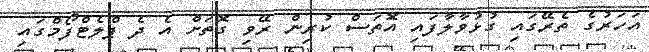
އަހަރުގެ ތެރޭގައި ގުޅުވާލާފައި އޮތަސް ކުރިން ރޭވި ގޮތަށް އެ ދެ ޕްލެޓްފޯމްގައި